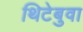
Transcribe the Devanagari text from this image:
थिटेबुवा